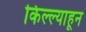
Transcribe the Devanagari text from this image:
किल्ल्याहून